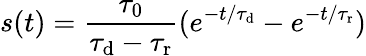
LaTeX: s(t)=\frac{\tau_{0}}{\tau_{\mathrm d}-\tau_{\mathrm r}}(e^{-t/\tau_{\mathrm d}}-e^{-t/\tau_{\mathrm r}})